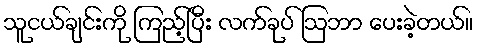
သူငယ်ချင်းကို ကြည့်ပြီး လက်ခုပ် ဩဘာ ပေးခဲ့တယ်။